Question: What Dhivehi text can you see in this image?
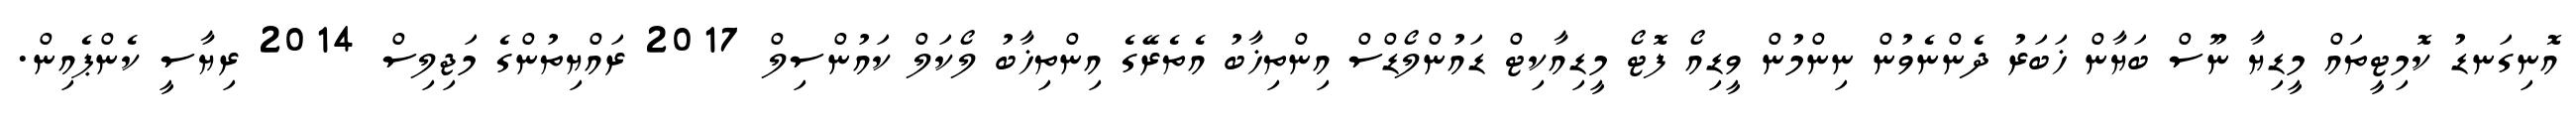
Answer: އޮނިގަނޑު ކޮމިޓީތައް މީޑިޔާ ނޫސް ބަޔާން ޚަބަރު ދެންނެވުން ނިންމުން ވީޑިއޯ ފޮޓޯ މީޑިއާކިޓް ޑައުންލޯޑްސް އިންތިޚާބު އެތެރޭގެ އިންތިޚާބު ލޯކަލް ކައުންސިލް 2017 ރައްޔިތުންގެ މަޖިލިސް 2014 ރިޔާސީ ކެންޕެއިން.